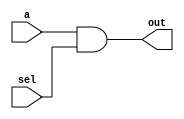
`timescale 1ns / 1ps

module and_gate #(parameter size=8)(a, sel, out);
    input [size-1:0] a;
    input sel;
    output [size-1:0] out;
    
    assign out = a & sel;
endmodule

module not_gate #(parameter size=8)(a, out);
    input [size-1:0] a;
    output [size-1:0] out;
    
    assign out = !a;
endmodule

module or_gate #(parameter size=8)(a, sel, out);
    input [size-1:0] a;
    input sel;
    output [size-1:0] out;
    
    assign out = a | sel;
endmodule



module mux_struct #(parameter size=8)(a, b, sel, out);
    input [size-1:0] a, b;
    input sel;
    output [size-1:0] out;
    
    
    
endmodule